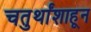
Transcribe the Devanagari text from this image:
चतुर्थांशाहून